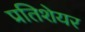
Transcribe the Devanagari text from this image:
प्रतिशेयर